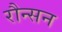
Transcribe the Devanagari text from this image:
रौन्सन